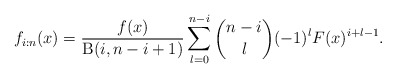
\begin{align*}f_{i:n}(x)=\frac{f(x)}{\operatorname{B}(i,n-i+1)}\sum_{l=0}^{n-i}\binom{n-i}{l}(-1)^lF(x)^{i+l-1}.\end{align*}